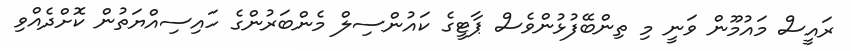
ރައީސް މައުމޫން ވަނީ މި ތިންބޭފުޅުންވެސް ޕާޓީގެ ކައުންސިލް މެންބަރުންގެ ހައިސިއްޔަތުން ކޮށްދެއްވި